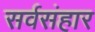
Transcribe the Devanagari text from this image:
सर्वसंहार